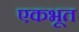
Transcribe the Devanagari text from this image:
एकभूत